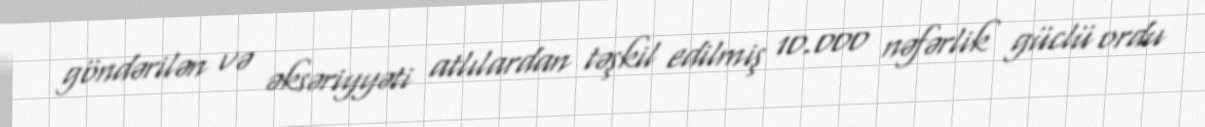
göndərilən və əksəriyyəti atlılardan təşkil edilmiş 10.000 nəfərlik güclü ordu